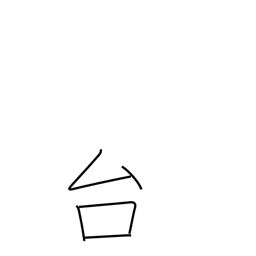
Meaning: pedestal